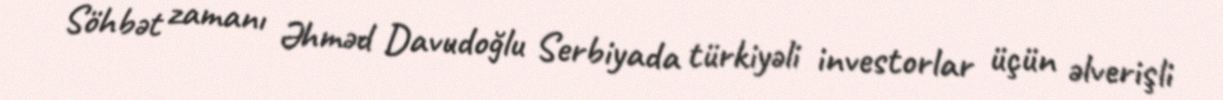
Söhbət zamanı Əhməd Davudoğlu Serbiyada türkiyəli investorlar üçün əlverişli